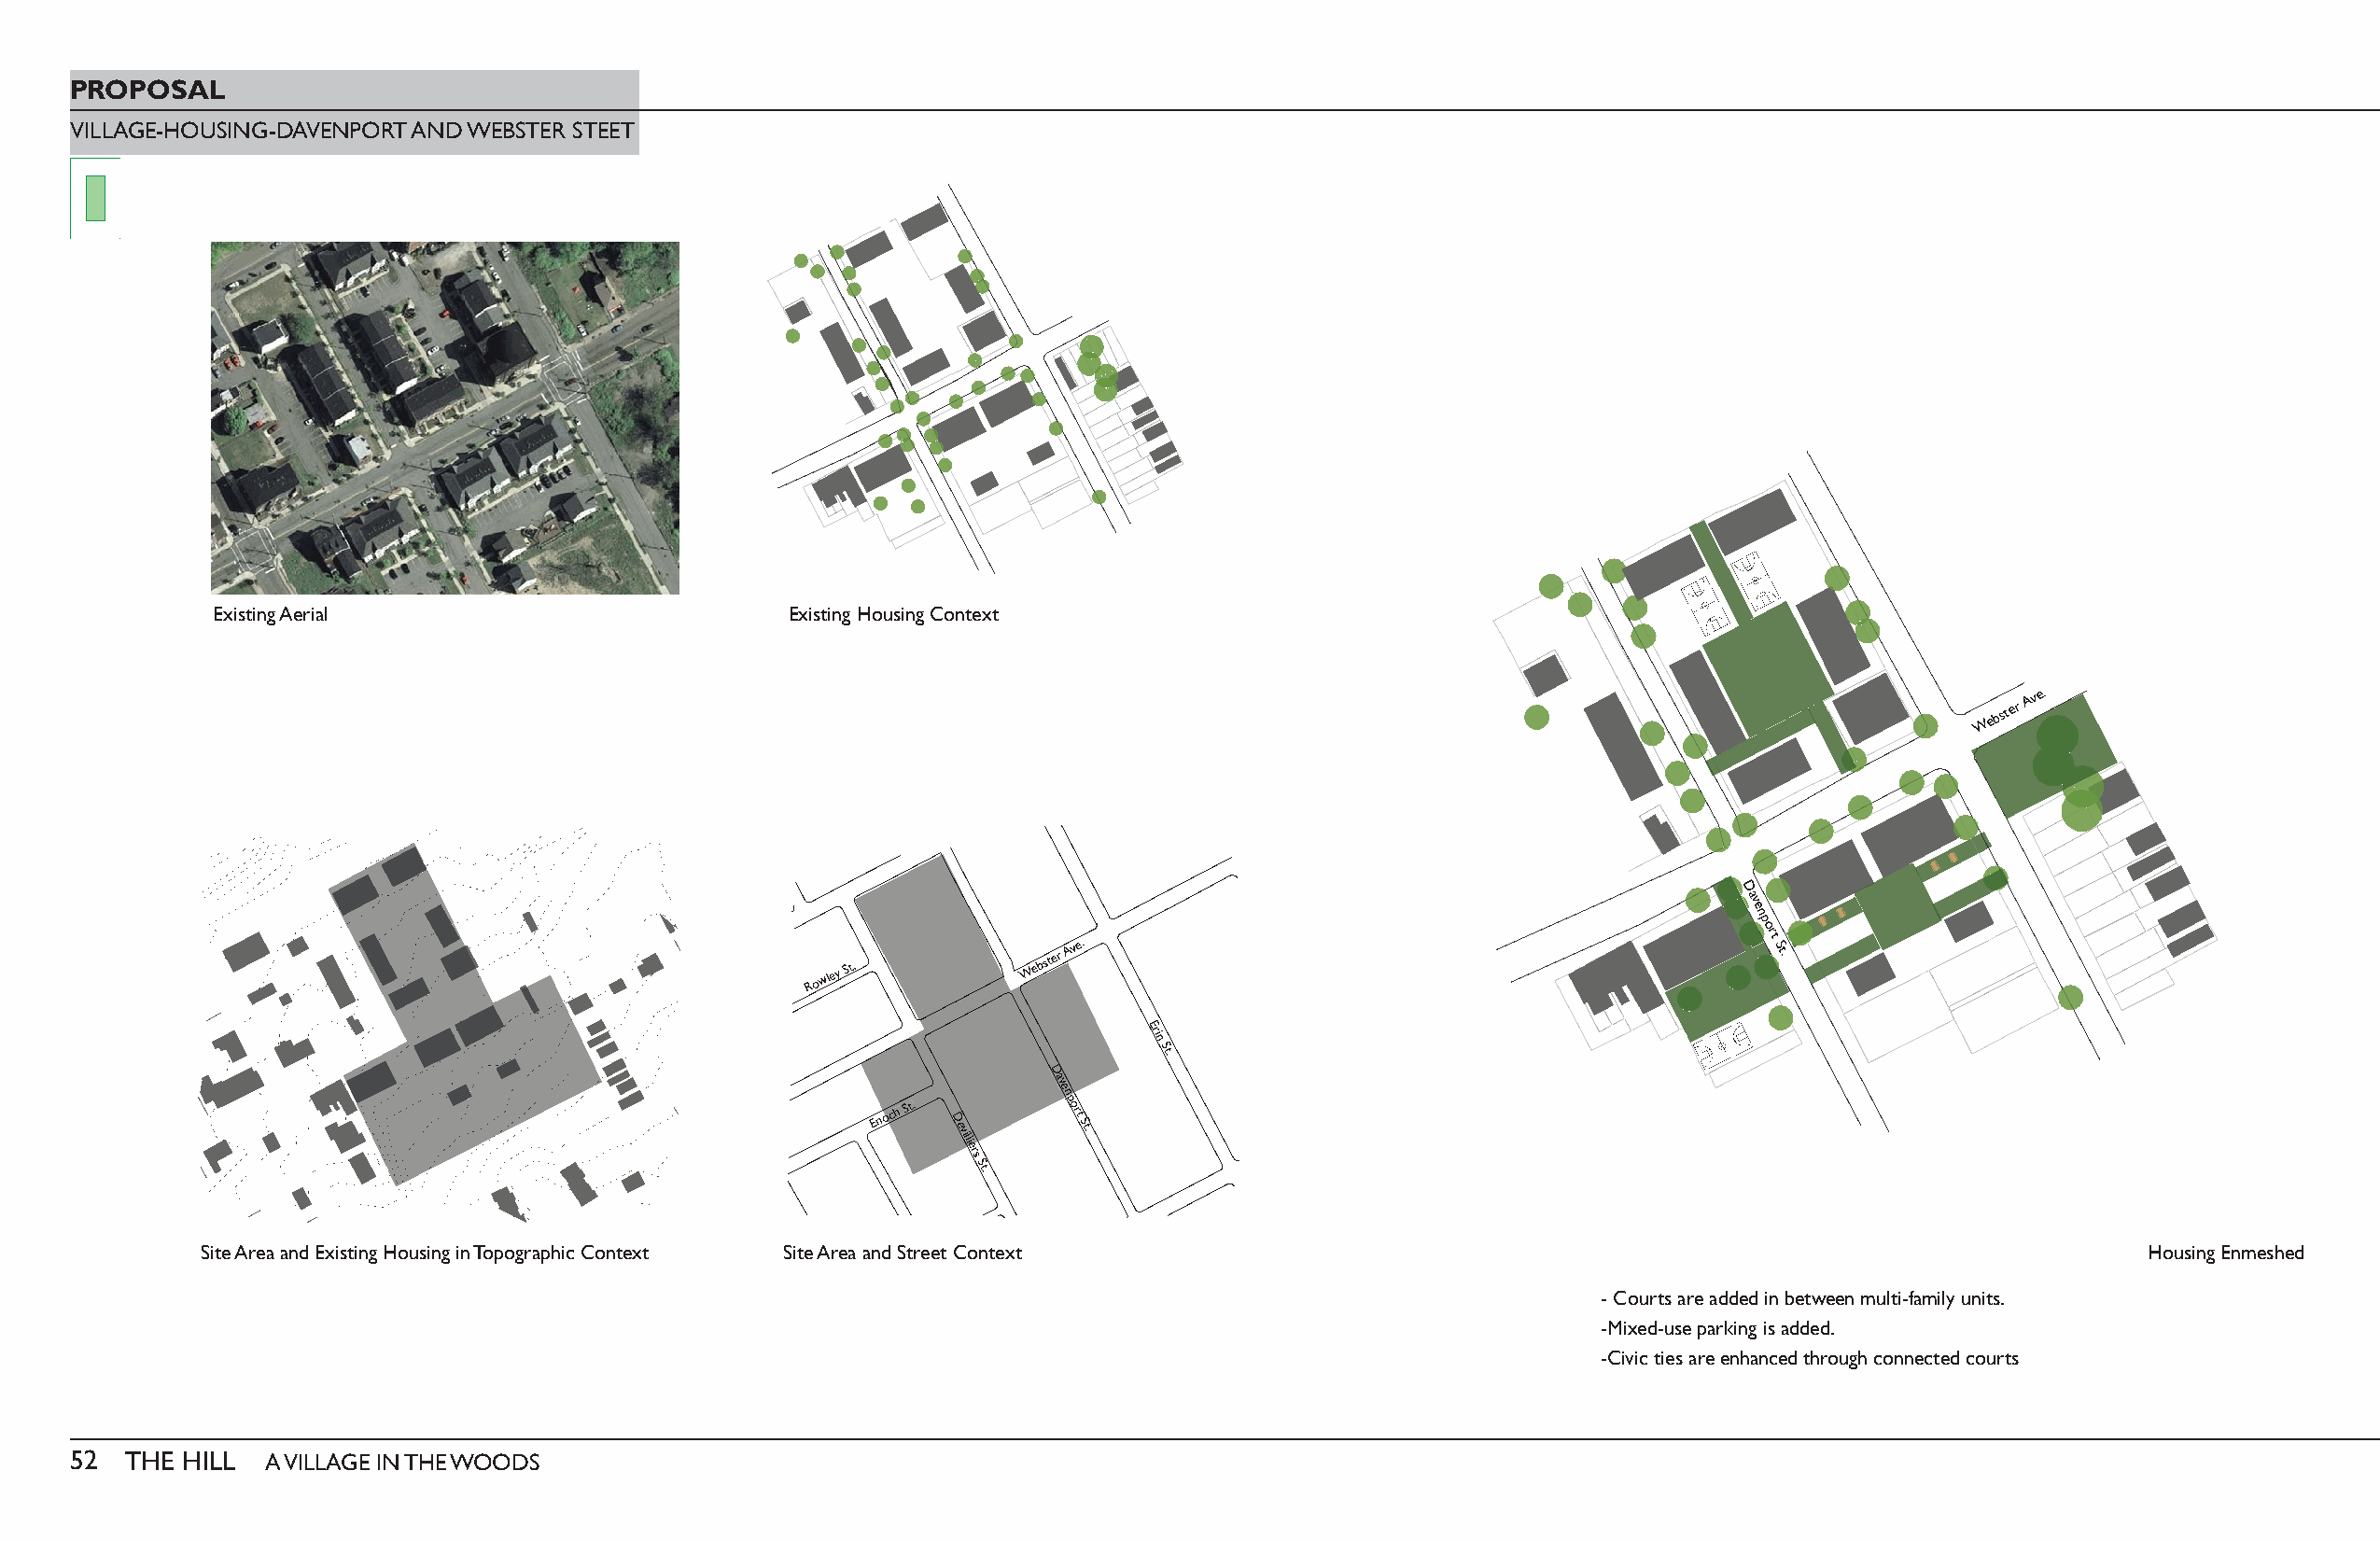
PROPOSAL
 VILLAGE-HOUSING-DAVENPORT AND WEBSTER STEET
 Existing Aerial                          Existing Housing Context
 Webster
 Ave.
 D
 av
 e
 n
 p
 Rowley
 St.
 Webster
 Ave.
 ort
 St.
 Erin
 St.
 DDDD
 Enoocchh SStt..
 DD eevviilllliieers
 St.
 aaaavvvveeeennnnppp
 ort
 St.
 Site Area and Existing Housing in Topographic Context Site Area and Street Context                                                        Housing Enmeshed
 - Courts are added in between multi-family units.
 -Mixed-use parking is added.
 -Civic ties are enhanced through connected courts
 52  THE HILL  A VILLAGE IN THE WOODS